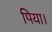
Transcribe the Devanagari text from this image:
पिया।